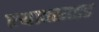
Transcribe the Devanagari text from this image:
एथाक्साइड